Scottish Education Department, 1921
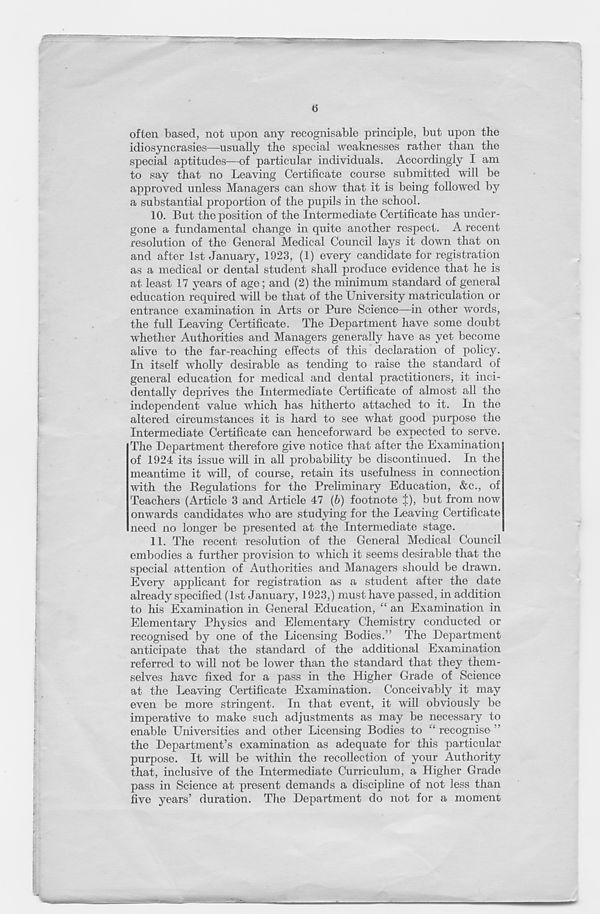
often based, not upon any recognisable principle, but upon the
idiosyncrasies—usually the special weaknesses rather than the
special aptitudes—of particular individuals. Accordingly I am
to say that no Leaving Certificate course submitted will be
approved unless Managers can show that it is being followed by
a substantial proportion of the pupils in the school.
10. But the position of the Intermediate Certificate has under-
gone a fundamental change in quite another respect. A recent
resolution of the General Medical Council lays it down that on
and after 1st January, 1923, (1) every candidate for registration
as a medical or dental student shall produce evidence that he is
at least 17 years of age; and (2) the minimum standard of general
education required will be that of the University matriculation or
entrance examination in Arts or Pure Science—in other words,
the full Leaving Certificate. The Department have some doubt
whether Authorities and Managers generally have as yet become
alive to the far-reaching effects of this declaration of policy.
In itself wholly desirable as tending to raise the standard of
general education for medical and dental practitioners, it inci-
dentally deprives the Intermediate Certificate of almost all the
independent value which has hitherto attached to it. In the
altered circumstances it is hard to see what good purpose the
Intermediate Certificate can henceforward be expected to serve.
The Department therefore give notice that after the Examination
of 1924 its issue will in all probability be discontinued. In the
meantime it will, of course, retain its usefulness in connection
with the Regulations for the Preliminary Education, &c., of
Teachers (Article 3 and Article 47 (6) footnote t), but from now
onwards candidates who are studying for the Leaving Certificate
need no longer be presented at the Intermediate stage.
11. The recent resolution of the General Medical Council
embodies a further provision to which it seems desirable that the
special attention of Authorities and Managers should be drawn.
Every applicant for registration as a student after the date
already specified (1st January, 1923,) must have passed, in addition
to his Examination in General Education, “ an Examination in
Elementary Physics and Elementary Chemistry conducted or
recognised by one of the Licensing Bodies.” The Department
anticipate that the standard of the additional Examination
referred to will not be lower than the standard that they them-
selves have fixed for a pass in the Higher Grade of Science
at the Leaving Certificate Examination. Conceivably it may
even be more stringent. In that event, it will obviously be
imperative to make such adjustments as may be necessary to
enable Universities and other Licensing Bodies to “recognise”
the Department’s examination as adequate for this particular
purpose. It will be within the recollection of your Authority
that, inclusive of the Intermediate Curriculum, a Higher Grade
pass in Science at present demands a discipline of not less than
five years’ duration. The Department do not for a moment